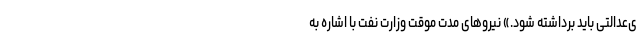
ی‌عدالتی باید برداشته شود.» نیروهای مدت موقت وزارت نفت با اشاره به